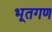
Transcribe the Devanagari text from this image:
भूतगण